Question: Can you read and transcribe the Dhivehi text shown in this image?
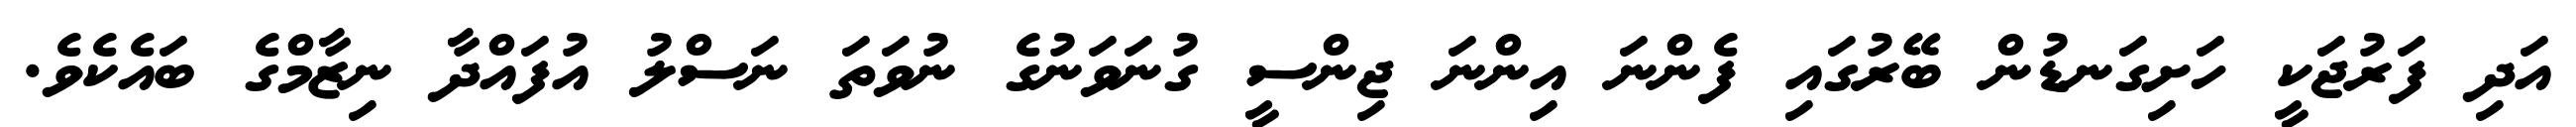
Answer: އަދި ފަރުޖަކީ ހަށިގަނޑުން ބޭރުގައި ފެންނަ އިންނަ ޖިންސީ ގުނަވަނުގެ ނުވަތަ ނަސްލު އުފައްދާ ނިޒާމްގެ ބައެކެވެ.